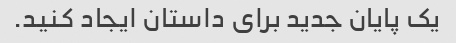
یک پایان جدید برای داستان ایجاد کنید.